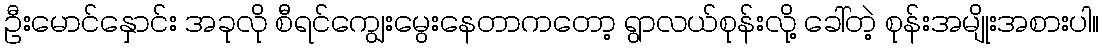
ဦးမောင်နှောင်း အခုလို စီရင်ကျွေးမွေးနေတာကတော့ ရွာလယ်စုန်းလို့ ခေါ်တဲ့ စုန်းအမျိုးအစားပါ။